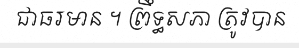
ជាធរមាន ។ ព្រឹទ្ធសភា ត្រូវបាន